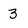
Character: 3